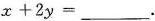
$$x + 2 y = ___$$.